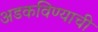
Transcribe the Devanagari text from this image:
अडकविण्याची